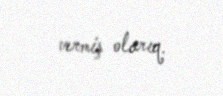
vermiş olarıq.